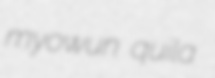
myowun quila